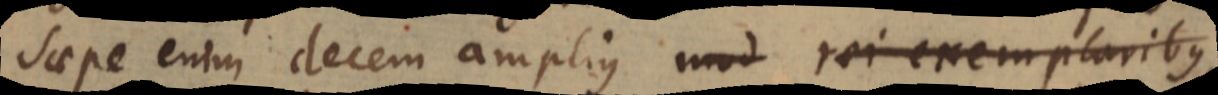
Saepe enim decem amplius mod rei exemplaribus,